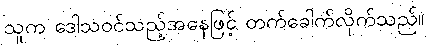
သူက ဒေါသဝင်သည့်အနေဖြင့် တက်ခေါက်လိုက်သည်။